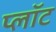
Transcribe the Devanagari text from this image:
प्‍लॉट